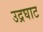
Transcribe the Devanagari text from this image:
उद्रघाट